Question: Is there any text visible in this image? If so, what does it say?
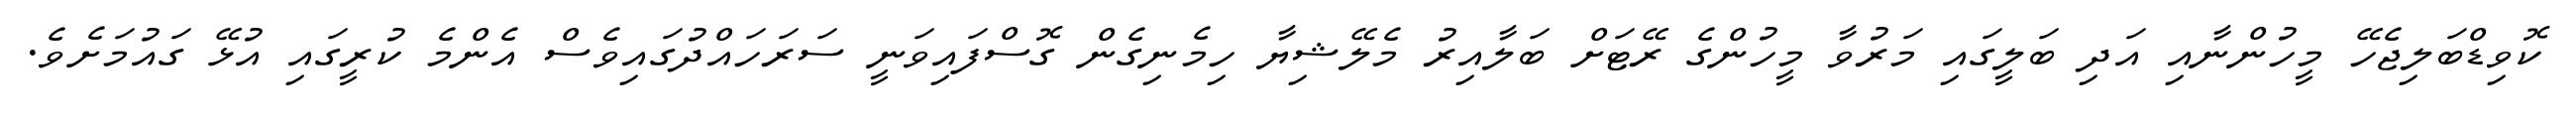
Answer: ކޮވިޑްބަލިޖެހޭ މީހުންނާއި އަދި ބަލީގައި މަރުވާ މީހުންގެ ރޭޓަށް ބަލާއިރު މެލޭޝިޔާ ހިމެނިގެން ގޮސްފައިވަނީ ސަރަހައްދުގައިވެސް އެންމެ ކުރީގައި އުޅޭ ގައުމަށެވެ.